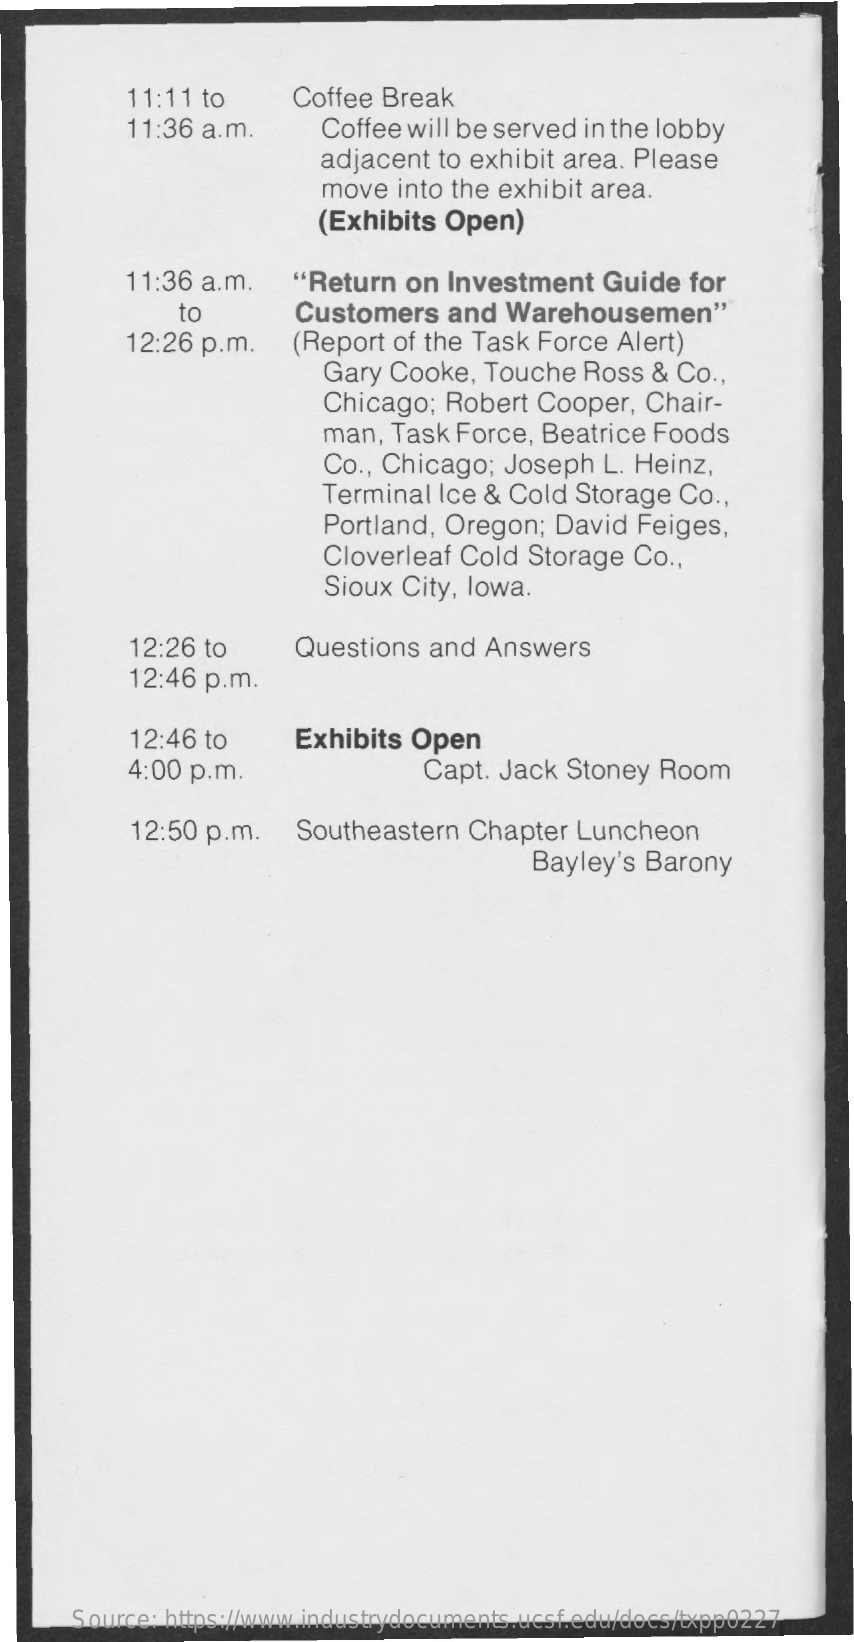
11:11 to    Coffee Break
     11:36 a.m.    Coffee will be served in the lobby
     adjacent  to exhibit area. Please
     move  into the exhibit area.
     (Exhibits Open)
     11:36 a.m.   "Return   on Investment   Guide   for
     to    Customers   and  Warehousemen"
     12:26 p.m.   (Report  of the Task Force  Alert)
     Gary  Cooke,  Touche  Ross & Co  .,
     Chicago;  Robert  Cooper,  Chair-
     man,  Task Force, Beatrice Foods
     Co ., Chicago; Joseph  L. Heinz,
     Terminal  Ice & Cold Storage  Co .,
     Portland, Oregon;  David  Feiges,
     Cloverleaf Cold  Storage  Co .,
     Sioux City, lowa.
     12:26 to    Questions  and Answers
     12:46 p.m.
     12:46 to    Exhibits Open
     4:00 p.m.    Capt. Jack Stoney  Room
     12:50 p.m.    Southeastern  Chapter  Luncheon
     Bayley's Barony
     Source: https://www.industrydocuments.ucsf.edu/docs/txpp0227